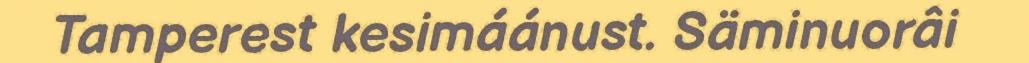
Tamperest kesimáánust. Säminuorâi